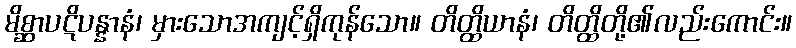
မိစ္ဆာပဋိပန္နာနံ၊ မှားသောအကျင့်ရှိကုန်သော။ တိတ္ထိယာနံ၊ တိတ္ထိတို့၏လည်းကောင်း။